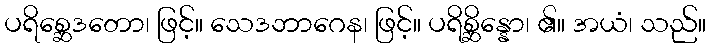
ပရိစ္ဆေဒတော၊ ဖြင့်။ သေဒဘာဂေန၊ ဖြင့်။ ပရိစ္ဆိန္နော၊ ၏။ အယံ၊ သည်။